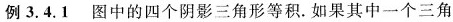
例3.4.1 图中的四个阴影三角形等积.如果其中一个三角